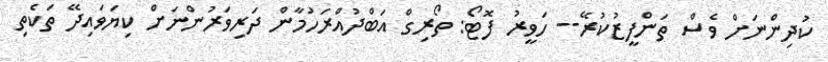
ކުދިންނަށް ވެސް ތަންފީޒުކުރޭ-- ހަވީރު ފޮޓޯ: ތޯރިގް އަބްދުއްރަހުމާން ދަރިވަރުންނަށް ކިޔަވައިދޭ ތަކެތި